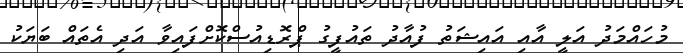
މުހައްމަދު އަލީ އާއި އައިޝަތު ފުއާދު ތައުފީގު ޕްރޮޑިއުސްކޮށްފައިވާ އަދި އެތައް ބަޔަކު